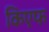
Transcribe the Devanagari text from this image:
किएफ